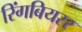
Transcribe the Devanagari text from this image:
रिंगबियरर